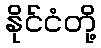
နိုင်ငံတို့